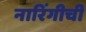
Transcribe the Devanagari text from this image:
नारिंगीची